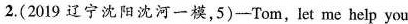
2.(2019 辽宁沈阳沈河一模,5)——Tom,let me help you